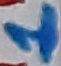
Text: 1